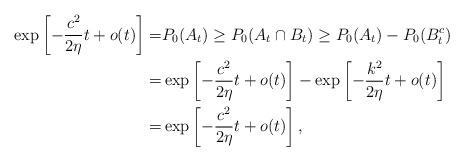
LaTeX: \begin{align*} \exp\left[-\frac{c^2}{2\eta}t+o(t)\right]=&P_0(A_t)\geq P_0(A_t\cap B_t)\geq P_0(A_t)-P_0(B_t^c) \\ =&\exp\left[-\frac{c^2}{2\eta}t+o(t)\right]-\exp\left[-\frac{k^2}{2\eta}t+o(t)\right] \\=&\exp\left[-\frac{c^2}{2\eta}t+o(t)\right], \end{align*}